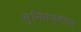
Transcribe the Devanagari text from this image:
मुनिसम्मेलन